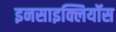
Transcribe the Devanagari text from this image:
इनसाइक्लियॉस